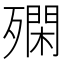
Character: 𣩝